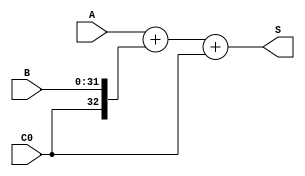
`timescale 1ns / 1ps
//////////////////////////////////////////////////////////////////////////////////
// Company: 
// Engineer: 
// 
// Design Name: 
// Module Name:    add_32 
// Project Name: 
// Target Devices: 
// Tool versions: 
// Description: 
//
// Dependencies: 
//
// Revision: 
// Revision 0.01 - File Created
// Additional Comments: 
//
//////////////////////////////////////////////////////////////////////////////////
module ADC32(input [31:0] A, 
				 input [31:0] B, 
				 input C0,
				 output [32:0] S
				  );
				  
//wire B_Notation;

	wire B_Notation = C0 ^ 1'b0;	  
	assign S = {1'b0,A} + {B_Notation,B} + C0;

endmodule